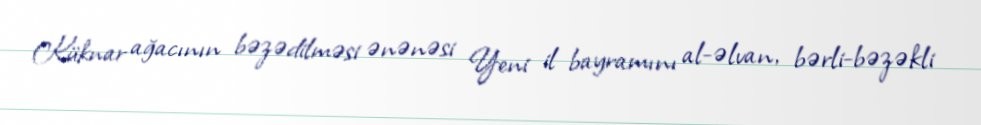
Küknar ağacının bəzədilməsi ənənəsi Yeni il bayramını al-əlvan, bərli-bəzəkli